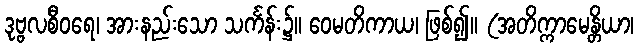
ဒုဗ္ဗလစီဝရေ၊ အားနည်းသော သင်္ကန်း၌။ ဝေမတိကာယ၊ ဖြစ်၍။ (အတိက္ကာမေန္တိယာ၊